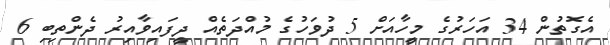
އެގޮތުން 34 އަހަރުގެ މީހާއަށް 5 ދުވަހުގެ މުއްދަތެއް ދީފައިވާއިރު ދެންތިބި 6